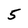
Character: 5